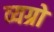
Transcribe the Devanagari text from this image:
व्यग्रो